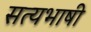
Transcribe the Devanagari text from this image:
सत्यभाषी